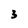
Character: 3